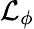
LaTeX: \mathcal{L}_{\phi}